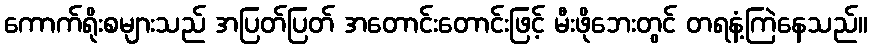
ကောက်ရိုးစများသည် အပြတ်ပြတ် အတောင်းတောင်းဖြင့် မီးဖိုဘေးတွင် တရနံ့ကြဲနေသည်။